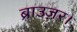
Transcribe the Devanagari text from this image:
ब्राउज़र।